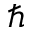
\hslash